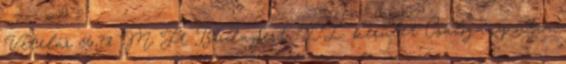
Vételár 56,71 M Ft Budapest, II. kerület Csalogány utca